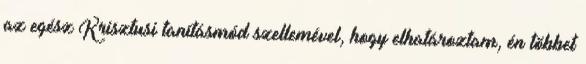
az egész Krisztusi tanításmód szellemével, hogy elhatároztam, én többet